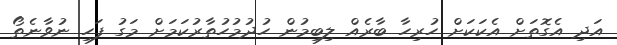
އަދި އެގޮތަށް އެކަކަށް ހުރިހާ ބާރެއް ލިބިމުން ހުދުމުހުތާރުކަމަށް މަގު ފަހި ނުވާނެތޯ